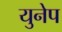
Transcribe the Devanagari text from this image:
युनेप